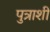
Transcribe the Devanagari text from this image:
पुत्राशी